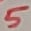
Text: 5